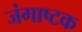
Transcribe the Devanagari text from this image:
जंगाष्टक